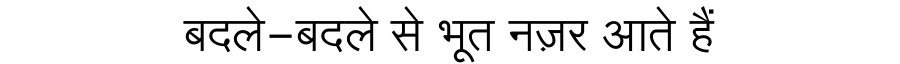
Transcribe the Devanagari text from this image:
बदले-बदले से भूत नज़र आते हैं